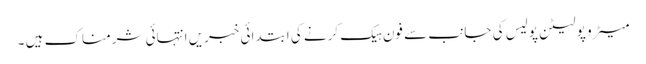
میٹرو پولیٹن پولیس کی جانب سے فون ہیک کرنے کی ابتدائی خبریں انتہائی شرمناک ہیں ۔